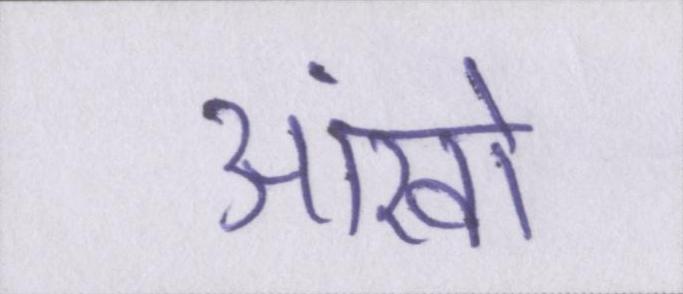
आंखों